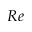
R e